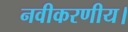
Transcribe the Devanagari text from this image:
नवीकरणीय।